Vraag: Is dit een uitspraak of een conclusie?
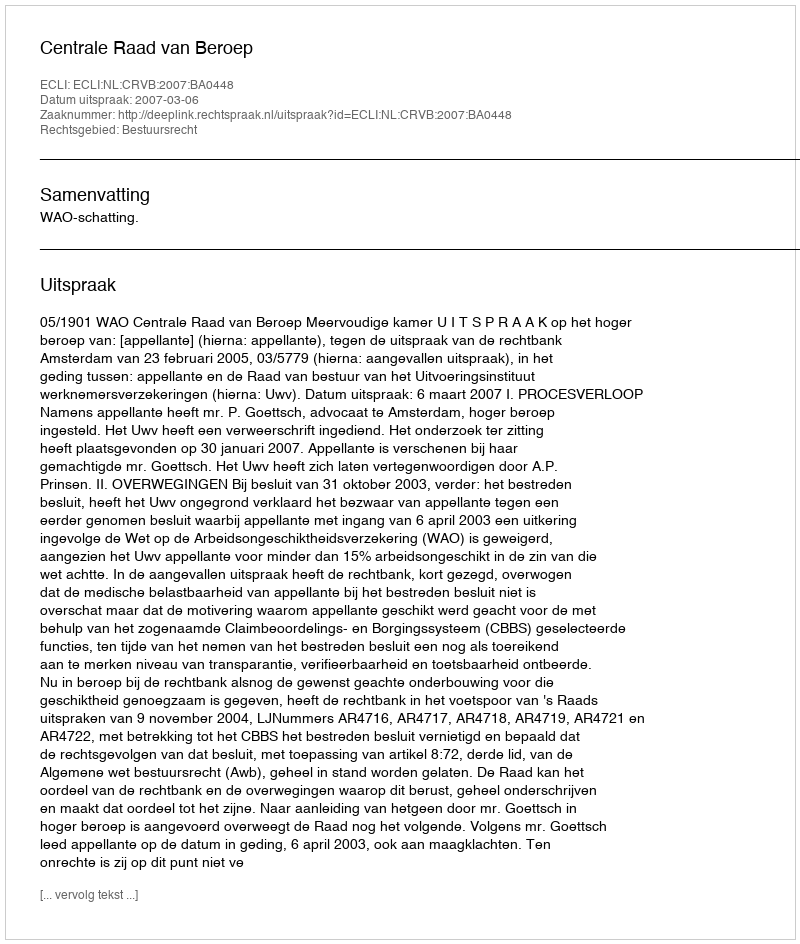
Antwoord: Uitspraak